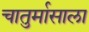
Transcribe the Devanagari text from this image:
चातुर्मासाला